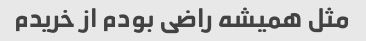
مثل همیشه راضی بودم از خریدم